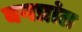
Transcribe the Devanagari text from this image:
वनप्रांत